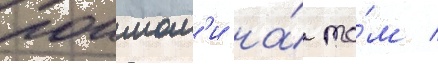
поимал'и на́ то́м /